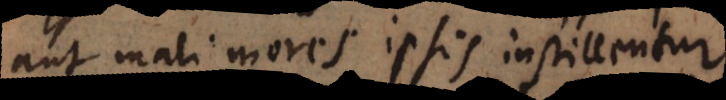
aut mali mores ipsis instillentur,